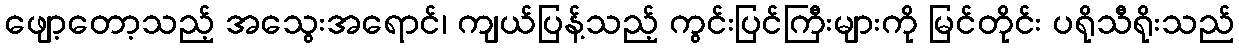
ဖျော့တော့သည့် အသွေးအရောင်၊ ကျယ်ပြန့်သည့် ကွင်းပြင်ကြီးများကို မြင်တိုင်း ပရိုသီရိုးသည်